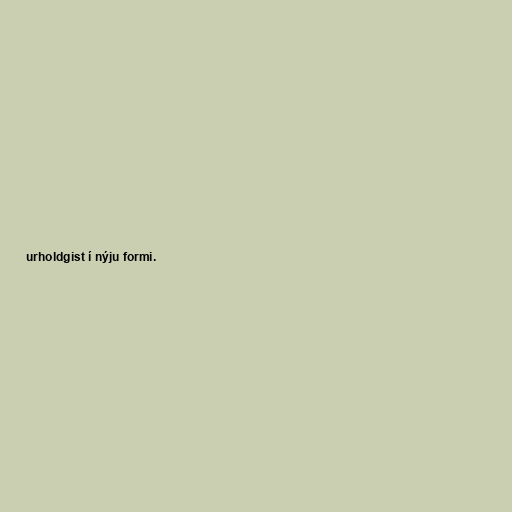
urholdgist í nýju formi.